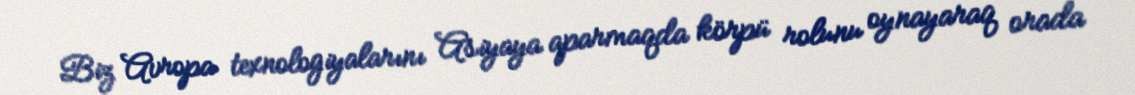
Biz Avropa texnologiyalarını Asiyaya aparmaqda körpü rolunu oynayaraq orada